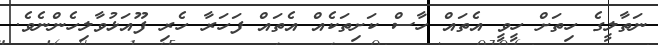
ނަތާލީގެ ހިތަށް ހީވީ އެތައް ހާސް ކަށިތަކެއް އެތައް ފަހަރާ ހެރި ފޫއަޅުވާލިހެންނެވެ.